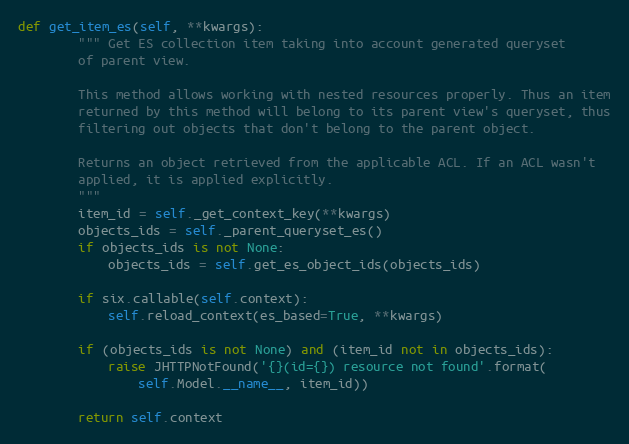
Language: Python
def get_item_es(self, **kwargs):
        """ Get ES collection item taking into account generated queryset
        of parent view.

        This method allows working with nested resources properly. Thus an item
        returned by this method will belong to its parent view's queryset, thus
        filtering out objects that don't belong to the parent object.

        Returns an object retrieved from the applicable ACL. If an ACL wasn't
        applied, it is applied explicitly.
        """
        item_id = self._get_context_key(**kwargs)
        objects_ids = self._parent_queryset_es()
        if objects_ids is not None:
            objects_ids = self.get_es_object_ids(objects_ids)

        if six.callable(self.context):
            self.reload_context(es_based=True, **kwargs)

        if (objects_ids is not None) and (item_id not in objects_ids):
            raise JHTTPNotFound('{}(id={}) resource not found'.format(
                self.Model.__name__, item_id))

        return self.context